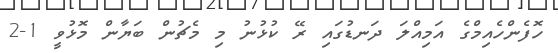
ހޮފެންހެއިމްގެ އަމިއްލަ ދަނޑުގައި ރޭ ކުޅުނު މި މެޗުން ބަޔާން މޮޅުވީ 1-2